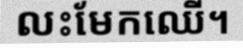
លះមែកឈើ។